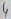
Text: 4